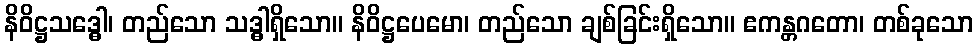
နိဝိဋ္ဌသဒ္ဓေါ၊ တည်သော သဒ္ဓါရှိသော။ နိဝိဋ္ဌပေမော၊ တည်သော ချစ်ခြင်းရှိသော။ ဧကန္တဂတော၊ တစ်ခုသော